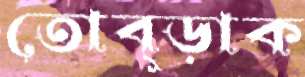
তোব্‌ড়াক